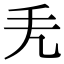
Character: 𢩥